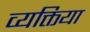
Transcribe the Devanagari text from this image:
व्यक्तिया